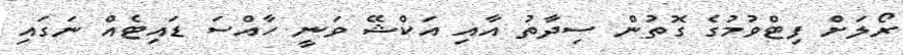
ރޯލަށް ފިޓްވުމުގެ ގޮތުންް ސިދާތު އާއި އަކްޝޭ ވަނީ ހާއްސަ ޑައިޓެއް ނަގައި